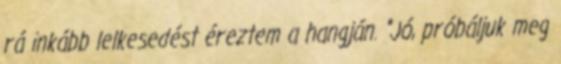
rá inkább lelkesedést éreztem a hangján. "Jó, próbáljuk meg